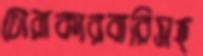
চোরাকারবারিসহ